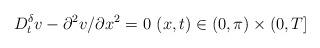
LaTeX: \begin{align*}D_t^\delta v - \partial^2 v/\partial x^2 = 0\ (x,t)\in (0,\pi)\times(0,T]\end{align*}